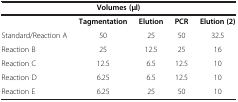
<table><thead><tr><td><b> </b></td><td><b>Volumes (μl)</b></td><td><b> </b></td><td><b> </b></td><td><b> </b></td></tr></thead><tbody><tr><td> </td><td><b>Tagmentation</b></td><td><b>Elution</b></td><td><b>PCR</b></td><td><b>Elution (2)</b></td></tr><tr><td>Standard/Reaction A</td><td>50</td><td>25</td><td>50</td><td>32.5</td></tr><tr><td>Reaction B</td><td>25</td><td>12.5</td><td>25</td><td>16</td></tr><tr><td>Reaction C</td><td>12.5</td><td>6.5</td><td>12.5</td><td>10</td></tr><tr><td>Reaction D</td><td>6.25</td><td>6.5</td><td>12.5</td><td>10</td></tr><tr><td>Reaction E</td><td>6.25</td><td>25</td><td>50</td><td>10</td></tr></tbody></table>